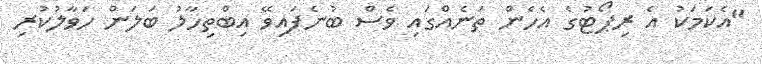
"އެކަމަކު އެ ރިޕޯޓުގެ އެހެން ތަނެއްގައި ވެސް ބުނެފައިވޭ އިބްތިހާލު ބަލަން ހަވާލުކުރި